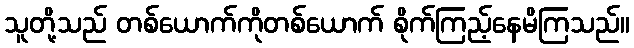
သူတို့သည် တစ်ယောက်ကိုတစ်ယောက် စိုက်ကြည့်နေမိကြသည်။